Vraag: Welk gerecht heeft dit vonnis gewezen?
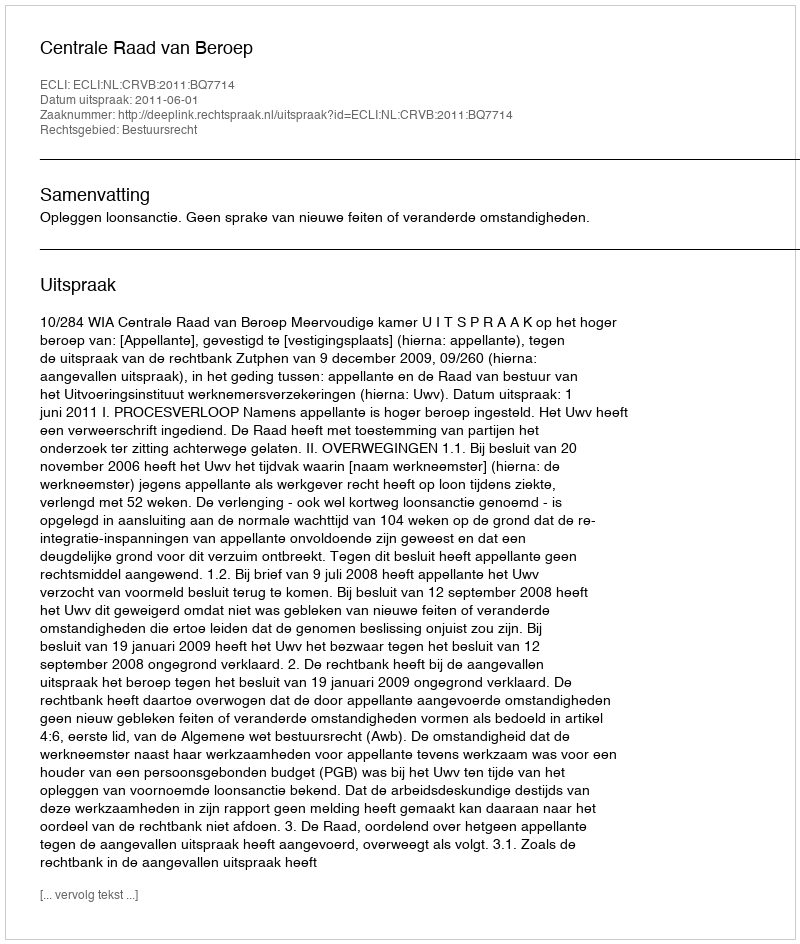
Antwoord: Centrale Raad van Beroep